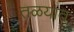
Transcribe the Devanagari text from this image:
तळयात